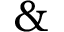
\&